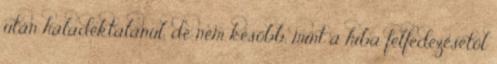
után haladéktalanul, de nem később, mint a hiba felfedezésétől